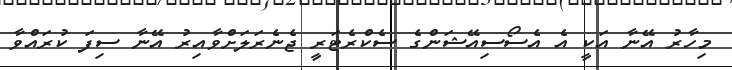
މިހާރު އޭނާ އަކީ އެ އެސޯސިއޭޝަންގެ ސެކްރެޓަރީ ޖެނެރަލަށްވާއިރު އޭނާ ސިފަ ކުރައްވާ